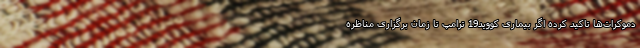
دموکرات‌ها تاکید کرده اگر بیماری کووید19 ترامپ تا زمان برگزاری مناظره